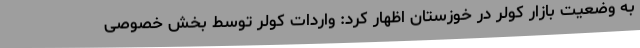
به وضعیت بازار کولر در خوزستان اظهار کرد: واردات کولر توسط بخش خصوصی